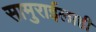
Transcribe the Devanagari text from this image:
सामुराईलाही